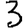
Digit: 3